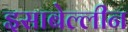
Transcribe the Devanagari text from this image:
इसाबेल्लीन